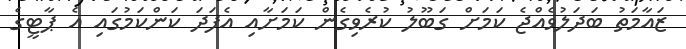
ޒައާމަތު ބަދަލުވެއްޖެ ކަމަށް ގަބޫލު ކުރެވިގެން ކަމަށާއި އެފަދަ ކަންކަމުގައި އެ ޕާޓީގެ